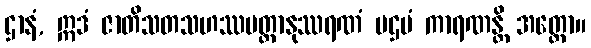
ဌာနံ, ဣဒံ ဇာတိသတသဟဿမတ္တာနုဿရဏံ ပဌမံ ကာရဏန္တိ အတ္ထော။